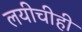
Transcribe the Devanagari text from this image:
लयीचीही